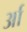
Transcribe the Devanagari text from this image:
र्आ